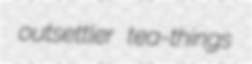
outsettler tea-things